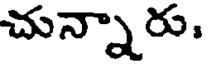
చున్నారు.